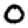
Digit: 0